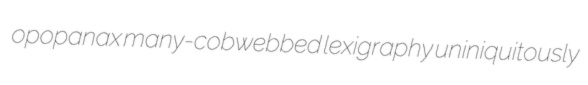
opopanax many-cobwebbed lexigraphy uniniquitously